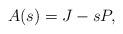
LaTeX: \begin{align*}A(s) = J - sP,\end{align*}